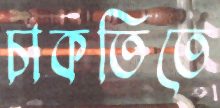
চাকতিতে